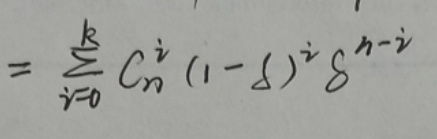
\[
= \sum_{i = 0}^{k} C_{n}^{i} (1 - \delta)^{i} \delta^{n - i}
\]